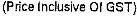
(PRICE INCLUSIVE OF GST)